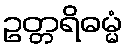
ဥတ္တရိဓမ္မံ